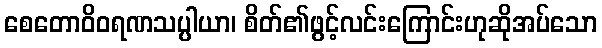
စေတောဝိဝရဏသပ္ပါယာ၊ စိတ်၏ဖွင့်လင်းကြောင်းဟုဆိုအပ်သော